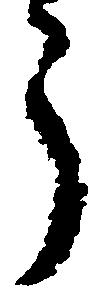
う